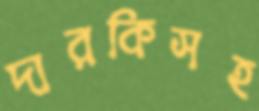
দারকিসহ